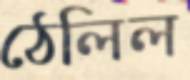
ঠেলিল